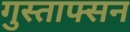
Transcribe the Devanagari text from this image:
गुस्ताफ्सन